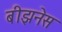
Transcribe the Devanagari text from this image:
बीझनेस